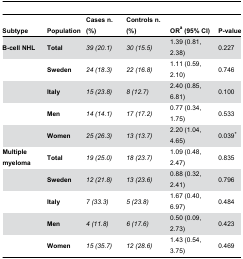
| Subtype | Population | Cases n. (%) | Controls n. (%) | ORa (95% CI) | P-value |
 | --- | --- | --- | --- | --- | --- |
 | B-cell NHL | Total | 39 (20.1) | 30 (15.5) | 1.39 (0.81, 2.38) | 0.227 |
 |  | Sweden | 24 (18.3) | 22 (16.8) | 1.11 (0.59, 2.10) | 0.746 |
 |  | Italy | 15 (23.8) | 8 (12.7) | 2.40 (0.85, 6.81) | 0.100 |
 |  | Men | 14 (14.1) | 17 (17.2) | 0.77 (0.34, 1.75) | 0.533 |
 |  | Women | 25 (26.3) | 13 (13.7) | 2.20 (1.04, 4.65) | 0.039* |
 | Multiple myeloma | Total | 19 (25.0) | 18 (23.7) | 1.09 (0.48, 2.47) | 0.835 |
 |  | Sweden | 12 (21.8) | 13 (23.6) | 0.88 (0.32, 2.41) | 0.796 |
 |  | Italy | 7 (33.3) | 5 (23.8) | 1.67 (0.40, 6.97) | 0.484 |
 |  | Men | 4 (11.8) | 6 (17.6) | 0.50 (0.09, 2.73) | 0.423 |
 |  | Women | 15 (35.7) | 12 (28.6) | 1.43 (0.54, 3.75) | 0.469 |